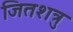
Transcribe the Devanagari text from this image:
जितशत्रु